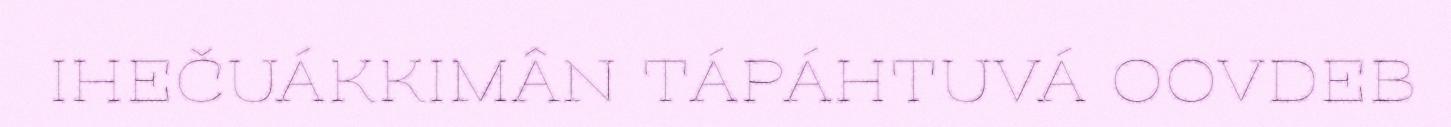
IHEČUÁKKIMÂN TÁPÁHTUVÁ OOVDEB